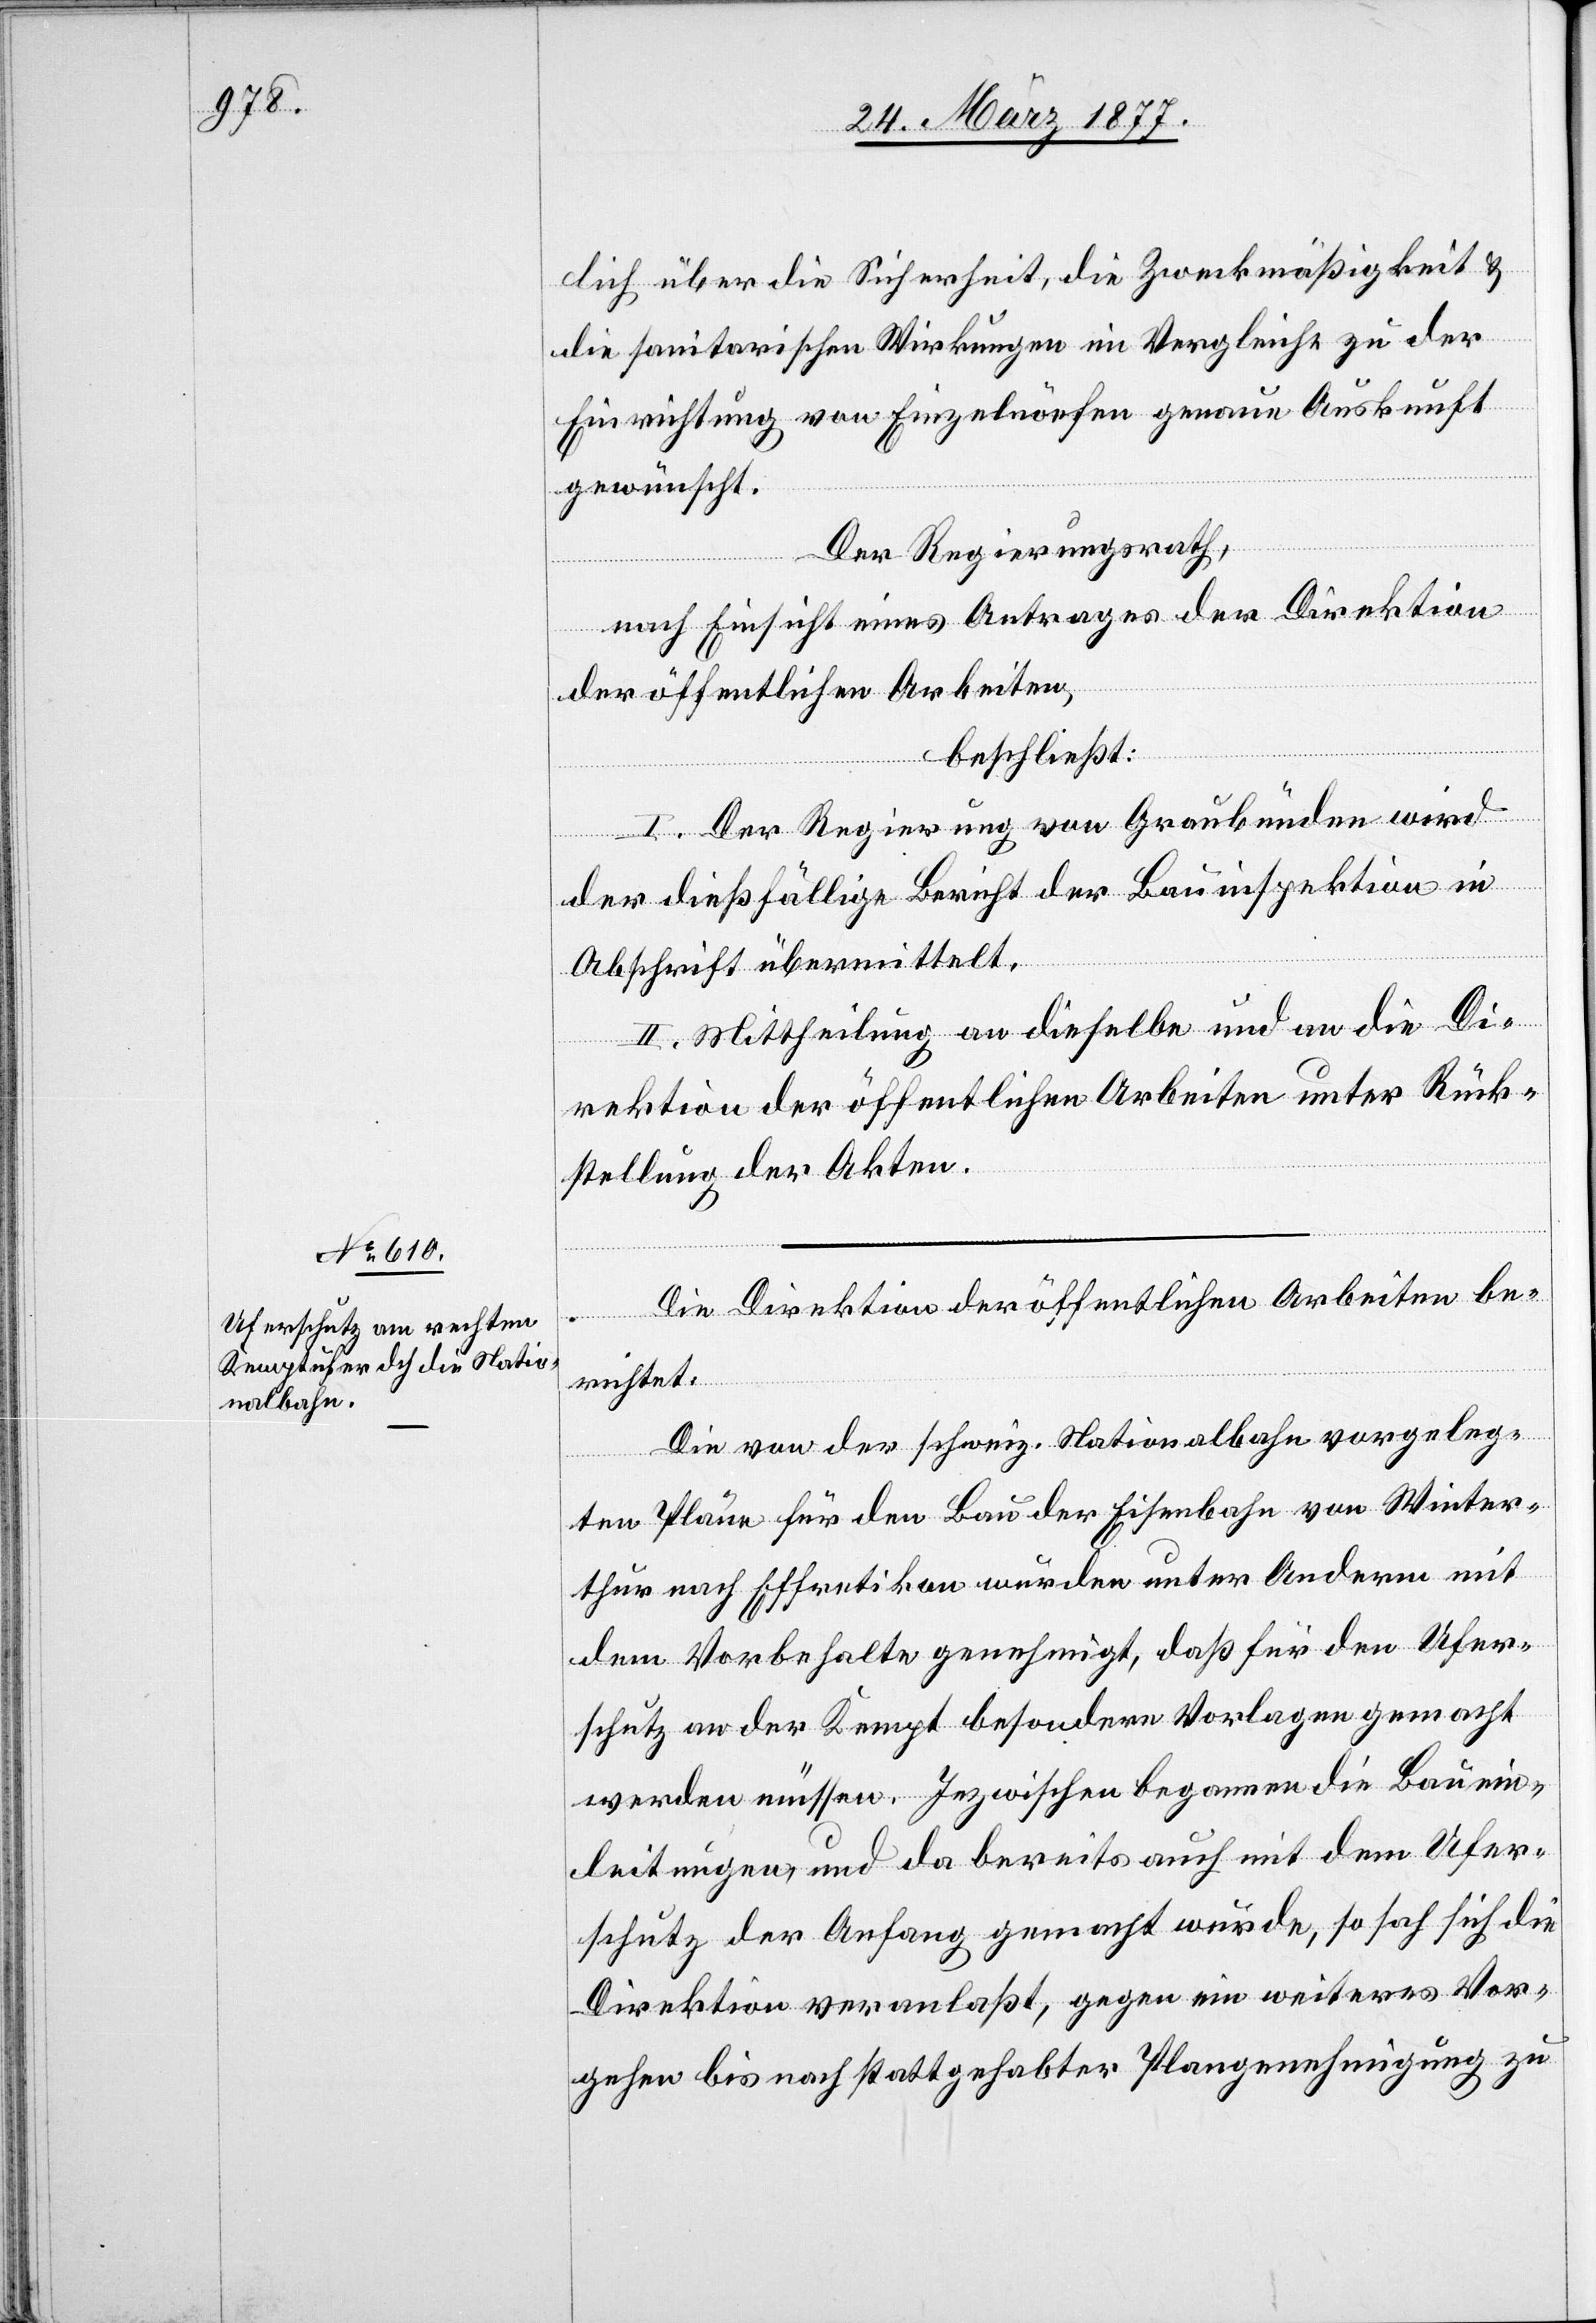
lich über die Sicherheit, die Zweckmäßigkeit &
die sanitarischen Wirkungen im Vergleiche zu der
Einrichtung von Einzelnöefen [sic!] genaue Auskunft
gewünscht.
Der Regierungsrath,
nach Einsicht eines Antrages der Direktion
der öffentlichen Arbeiten,
beschließt:
I. Der Regierung von Graubünden wird
der dießfällige Bericht der Bauinspektion in
Abschrift übermittelt.
II. Mittheilung an dieselbe und an die Di¬
rektion der öffentlichen Arbeiten unter Rück¬
stellung der Akten.
Die Direktion der öffentlichen Arbeiten be¬
richtet:
Die von der schweiz. Nationalbahn vorgeleg¬
ten Pläne für den Bau der Eisenbahn von Winter¬
thur nach Effretikon wurden unter Anderm mit
dem Vorbehalte genehmigt, daß für den Ufer¬
schutz an der Kempt besondere Vorlagen gemacht
werden müssen. Inzwischen begannen die Bauein¬
leitungen, und da bereits auch mit dem Ufer¬
schutz der Anfang gemacht wurde, so sah sich die
Direktion veranlaßt, gegen ein weiteres Vor¬
gehen bis nach stattgehabter Plangenehmigung zu